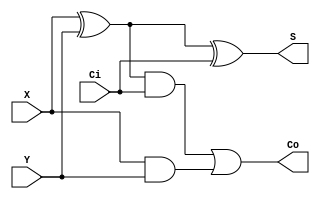
module fulladder1Bit(X, Y, Ci, S, Co);
  input X, Y;
input Ci;
  output S, Co;
  wire w1,w2,w3;
  //Structural code for one bit full adder
  xor G1(w1, X, Y);
  xor G2(S, w1, Ci);
  and G3(w2, w1, Ci);
  and G4(w3, X, Y);
  or G5(Co, w2, w3);
endmodule

module rippleAdder16bit(X, Y,Ci, S, Co);
 input [15:0] X, Y;// Two 16-bit inputs
input Ci;
 output [15:0] S;
 output Co;
 wire w1, w2, w3, w4, w5, w6, w7, w8, w9, w10, w11, w12, w13, w14, w15;
 // instantiating 16 1-bit full adders in Verilog


    fulladder1Bit u1(X[0], Y[0], Ci, S[0], w1);
    fulladder1Bit u2(X[1], Y[1], w1, S[1], w2);
    fulladder1Bit u3(X[2], Y[2], w2, S[2], w3);
    fulladder1Bit u4(X[3], Y[3], w3, S[3], w4);
    fulladder1Bit u5(X[4], Y[4], w4, S[4], w5);
    fulladder1Bit u6(X[5], Y[5], w5, S[5], w6);
    fulladder1Bit u7(X[6], Y[6], w6, S[6], w7);
    fulladder1Bit u8(X[7], Y[7], w7, S[7], w8);
    fulladder1Bit u9(X[8], Y[8], w8, S[8], w9);
    fulladder1Bit u10(X[9], Y[9], w9, S[9], w10);
    fulladder1Bit u11(X[10], Y[10], w10, S[10], w11);
    fulladder1Bit u12(X[11], Y[11], w11, S[11], w12);
    fulladder1Bit u13(X[12], Y[12], w12, S[12], w13);
    fulladder1Bit u14(X[13], Y[13], w13, S[13], w14);
    fulladder1Bit u15(X[14], Y[14], w14, S[14], w15);
    fulladder1Bit u16(X[15], Y[15], w15, S[15], Co);

  
endmodule